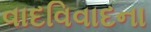
વાદવિવાદના